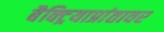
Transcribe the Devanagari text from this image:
बैक्ट्रियाप्रांतावर